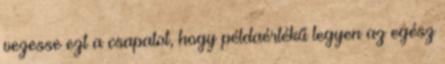
vezesse ezt a csapatot, hogy példaértékű legyen az egész